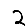
Digit: 2